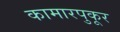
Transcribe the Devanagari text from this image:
कामारपुकूर